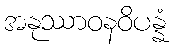
အနုဿာဝနဝိပန္နံ